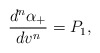
\begin{align*} \frac{d^n\alpha_+}{dv^n}=P_1,\end{align*}